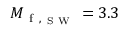
M _ { \mathrm { ~ f ~ } , _ { \mathrm { ~ S ~ W ~ } } } = 3 . 3